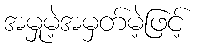
အမှုမဲ့အမှတ်မဲ့ဖြင့်